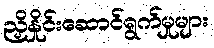
ညှိနှိုင်းဆောင်ရွက်မှုများ